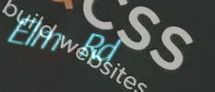
Elm Rd